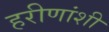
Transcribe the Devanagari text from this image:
हरीणांशी